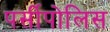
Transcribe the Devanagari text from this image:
पर्सीपोलिस